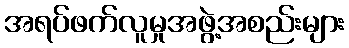
အရပ်ဖက်လူမှုအဖွဲ့အစည်းများ